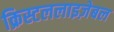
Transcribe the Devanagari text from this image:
क्रिस्टललाइज़ेबल